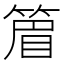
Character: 篃